Vaccination North-Western Provinces and Oudh 1896-1901 - 1896-1901
Year: 1896
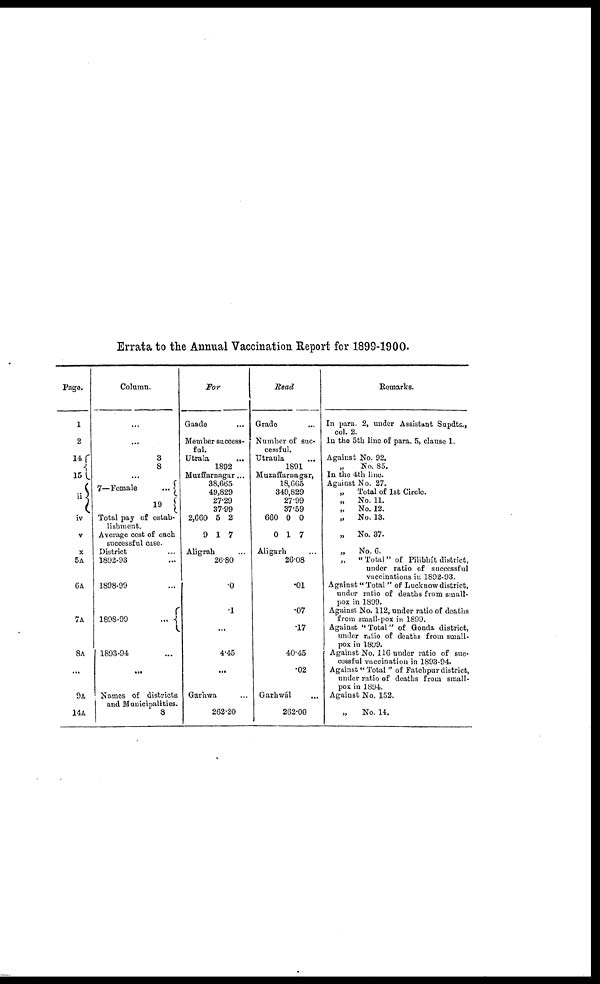
Errata to the Annual Vaccination Report for 1899-1900.
Page.
1
2
14
15
ii
iv
v
x
5A
6A
7A
8A
...
9A
14A
Column.
...
...
3
8
...
7—Female
...
19
Total pay of estab-
lishment.
Average cost of each
successful case.
District ...
1892-93 ...
1898-99 ...
1898-99
...
1893-94 ...
...
Names of districts
and Municipalities.
8
For
Gaade ...
Member success-
ful.
Utrala
...
1892
Muzffarnagar...
38,665
49,829
27.29
37.99
2,660
9
5
1
2
7
Aligrah ...
26.80
.0
.1
...
4.45
...
Garhwa ...
262.20
Read
Grade ...
Number of suc-
cessful.
Utraula ...
1891
Muzaffarnagar,
18,665
349,829
27.99
37.59
660
0
0
1
0
7
Aligarh ...
26.08
.01
.07
.17
40.45
.02
Garhwál ...
262.00
Remarks.
In para. 2, under Assistant Supdts.,
col. 2.
In the 5th line of para. 5, clause 1.
Against No. 92.
„
No. 85.
In the 4th line.
Against No. 27.
„
Total of 1st Circle.
„
No. 11.
„
No. 12.
„ No. 13.
„ No. 37.
„
No. 6.
„ " Total" of Pilibhít district,
under ratio of successful
vaccinations in 1892-93.
Against " Total" of Lucknow district,
under ratio of deaths from small-
pox in 1899.
Against No. 112, under ratio of deaths
from small-pox in 1899.
Against "Total" of Gonda district,
under ratio of deaths from small-
pox in 1899.
Against No. 116 under ratio of suc-
cessful vaccination in 1893-94.
Against " Total " of Fatehpur district,
under ratio of deaths from small-
pox in 1894.
Against No. 152.
„ No. 14.